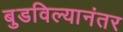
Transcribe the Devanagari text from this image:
बुडविल्यानंतर